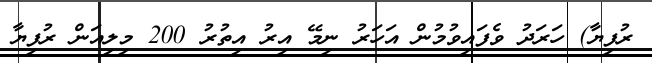
ރުފިޔާ) ހަރަދު ވެފައިވުމުން އަހަރު ނިމޭ އިރު އިތުރު 200 މިލިއަން ރުފިޔާ